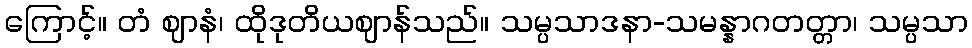
ကြောင့်။ တံ ဈာနံ၊ ထိုဒုတိယဈာန်သည်။ သမ္ပသာဒနာ-သမန္နာဂတတ္တာ၊ သမ္ပသာ